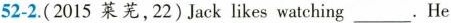
52-2.( 2015 莱芜,22)Jack likes watching ___. He